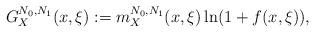
LaTeX: \begin{align*} G_X^{N_0,N_1}(x,\xi):=m_{X}^{N_0,N_1}(x,\xi)\ln(1+f(x,\xi)), \end{align*}